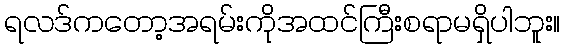
ရလဒ်ကတော့အရမ်းကိုအထင်ကြီးစရာမရှိပါဘူး။